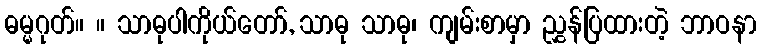
ဓမ္မဂုတ်။ ။ သာဓုပါကိုယ်တော်, သာဓု သာဓု၊ ကျမ်းစာမှာ ညွှန်ပြထားတဲ့ ဘာဝနာ